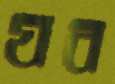
যব